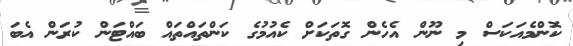
ކޮންމެއަކަސް މި ނޫން އެހެން ގޮތަކަށް ކެއުމުގެ ކަންތައްތައް ބައްޓަން ކުރަން އެބަ